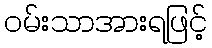
ဝမ်းသာအားရဖြင့်